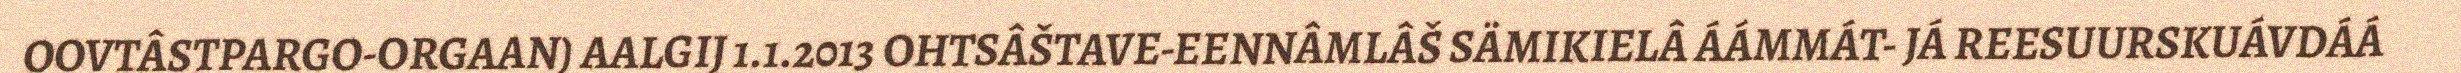
OOVTÂSTPARGO-ORGAAN) AALGIJ 1.1.2013 OHTSÂŠTAVE-EENNÂMLÂŠ SÄMIKIELÂ ÁÁMMÁT- JÁ REESUURSKUÁVDÁÁ